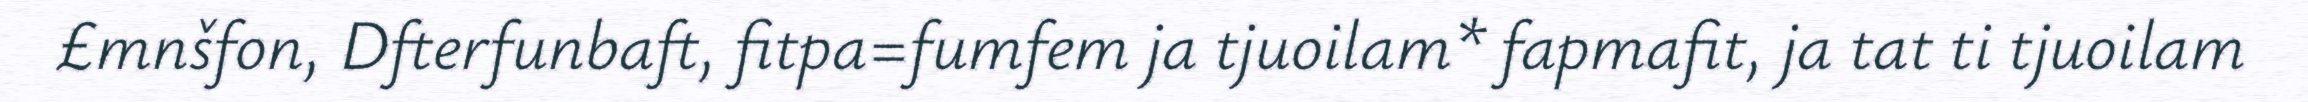
£mnšfon, Dfterfunbaft, fitpa=fumfem ja tjuoilam* fapmafit, ja tat ti tjuoilam